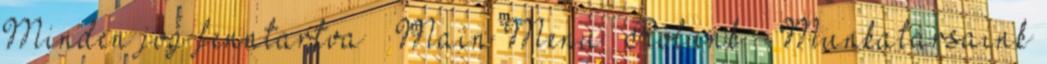
Minden jog fenntartva — Main Menu —Rólunk - Munkatársaink